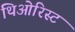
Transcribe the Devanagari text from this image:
थिओरिस्ट